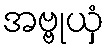
အဗ္ဗုယှံ